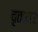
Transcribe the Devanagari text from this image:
वृतकार